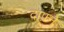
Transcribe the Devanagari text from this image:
दाफ़्ने